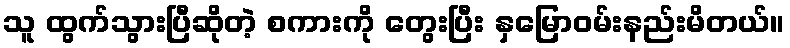
သူ ထွက်သွားပြီဆိုတဲ့ စကားကို တွေးပြီး နှမြောဝမ်းနည်းမိတယ်။